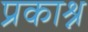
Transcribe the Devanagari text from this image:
प्रकाश्न